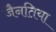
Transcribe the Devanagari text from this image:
जैनतिया